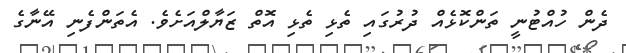
ދެން ހުއްޓުނީ ތަންކޮޅެއް ދުރުގައި ތެޅި ތެޅި އޮތް ޒަޔާލްއަށެވެ. އެތަންފެނި އޭނާގެ